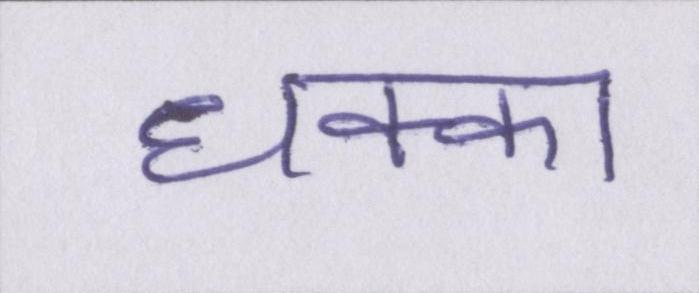
धक्का